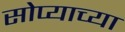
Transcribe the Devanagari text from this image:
सोप्याच्या